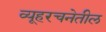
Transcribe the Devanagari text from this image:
व्यूहरचनेतील